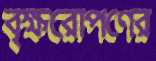
বৃক্ষরোপণের